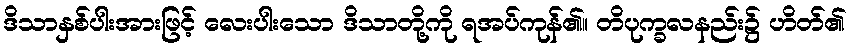
ဒိသာနှစ်ပါးအားဖြင့် လေးပါးသော ဒိသာတို့ကို ရအပ်ကုန်၏။ တိပုက္ခလနည်း၌ ဟိတ်၏